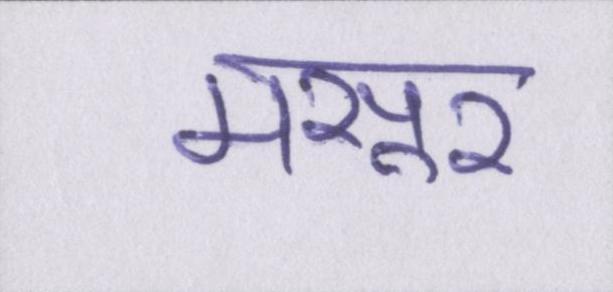
मसूर